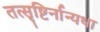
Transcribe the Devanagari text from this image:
तत्सृष्टिर्नान्यथा